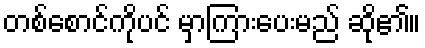
တစ်စောင်ကိုပင် မှာကြားပေးမည် ဆို၏။